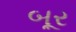
બૂર